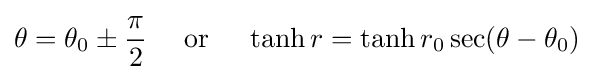
\theta =\theta _{0}\pm {\frac {\pi }{2}}\quad {\text{ or }}\quad \tanh r=\tanh r_{0}\sec(\theta -\theta _{0})